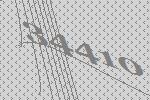
34410